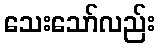
သေးသော်လည်း